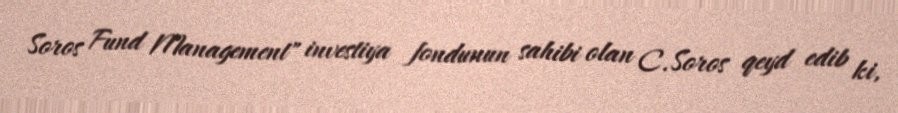
Soros Fund Management" investiya fondunun sahibi olan C.Soros qeyd edib ki,